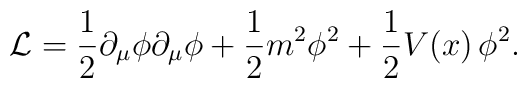
{\cal L}=\frac{1}{2} \partial_\mu \phi \partial_\mu \phi + \frac{1}{2}m^2 \phi^2 +\frac{1}{2} V(x)\, \phi^2.